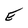
Character: E